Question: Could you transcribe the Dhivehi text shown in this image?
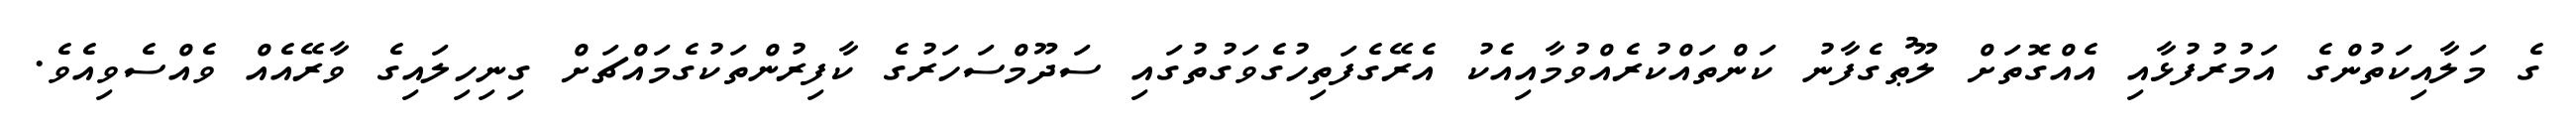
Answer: ގެ މަލާއިކަތުންގެ އަމުރުފުޅާއި އެއްގޮތަށް ލޫޠުގެފާނު ކަންތައްކުރެއްވުމާއިއެކު އެރޭގެފަތިހުގެވަގުތުގައި ސަދޫމްސަހަރުގެ ކާފިރުންތަކުގެމައްޗަށް ގިނިހިލައިގެ ވާރޭއެއް ވެއްސެވިއެވެ.